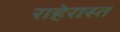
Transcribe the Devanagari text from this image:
राहेरास्त